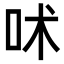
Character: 𠰲